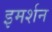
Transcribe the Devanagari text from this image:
इमर्शन